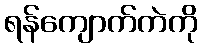
ရန်ကျောက်ကဲကို